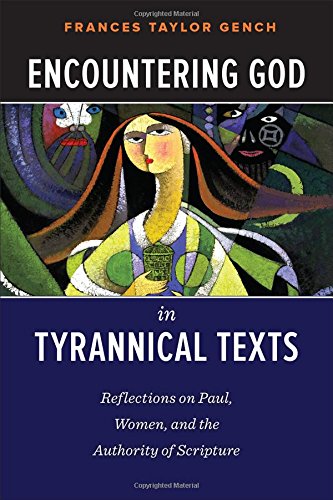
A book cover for Encountering God in Tyrannical Texts: Reflections on Paul, Women, and the Authority of Scripture; Frances Taylor Gench; Christian Books & Bibles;